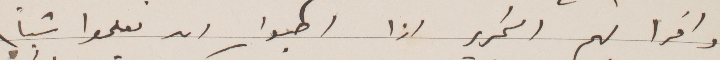
واقرأ لهم التحرير اذا ان يعلموا شيئًا